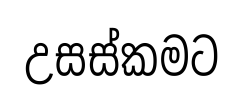
උසස්කමට